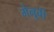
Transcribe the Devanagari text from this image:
गेनुबी